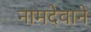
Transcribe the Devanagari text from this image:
नामदेवाने